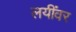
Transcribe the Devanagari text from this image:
लयींवर